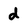
Character: d